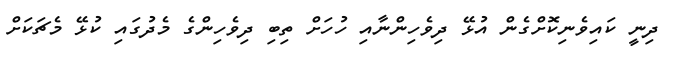
ދިނީ ކައިވެނިކޮށްގެން އުޅޭ ދިވެހިންނާއި ހުހަށް ތިބި ދިވެހިންގެ މެދުގައި ކުޅޭ މެޗަކަށް